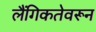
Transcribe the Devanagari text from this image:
लैंगिकतेवरून